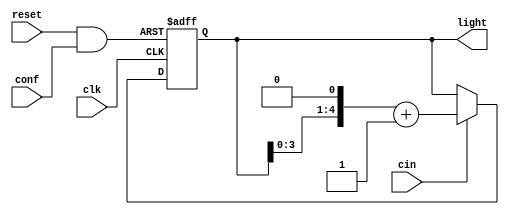
module CountUseLight(cin, conf, reset, clk, light);

input		cin;
input		reset;
input		clk;
input		conf;

output[4:0]	light;

reg[4:0]	light;

wire		tmp;

assign		tmp = reset&conf;

always @(negedge tmp or posedge clk) begin
	if(!tmp) begin
		light <= 0;
	end
	else if(clk) begin
		if(cin) begin
			light <= (light<<1) + 1;
		end 
	end
end

endmodule